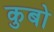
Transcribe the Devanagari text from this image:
कुबो